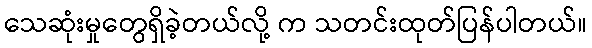
သေဆုံးမှုတွေရှိခဲ့တယ်လို့ က သတင်းထုတ်ပြန်ပါတယ်။